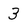
Character: 3